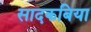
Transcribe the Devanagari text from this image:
सादकबिया